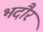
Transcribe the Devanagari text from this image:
भदौर